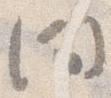
間